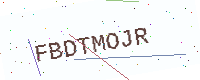
Text: FBDTMOJR